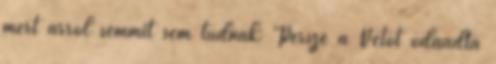
mert arról semmit sem tudnak: Persze a Vetót odaadta